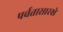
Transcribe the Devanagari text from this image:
पर्वतासारखे